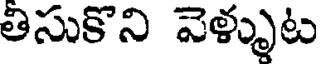
తిసుకొని వెళ్ళుట